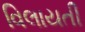
વિલાયતી